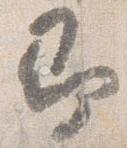
即